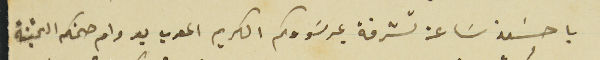
يا حسَن سَاعة تشرفة بمرسَومكم الكريم المعرب بدوام صحتكم الثمينة